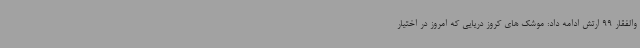
والفقار 99 ارتش ادامه داد: موشک های کروز دریایی که امروز در اختیار